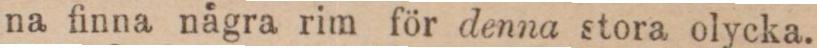
na finna några rim för denna stora olycka.